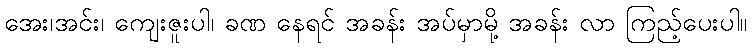
အေး၊အင်း၊ ကျေးဇူးပါ၊ ခဏ နေရင် အခန်း အပ်မှာမို့ အခန်း လာ ကြည့်ပေးပါ။